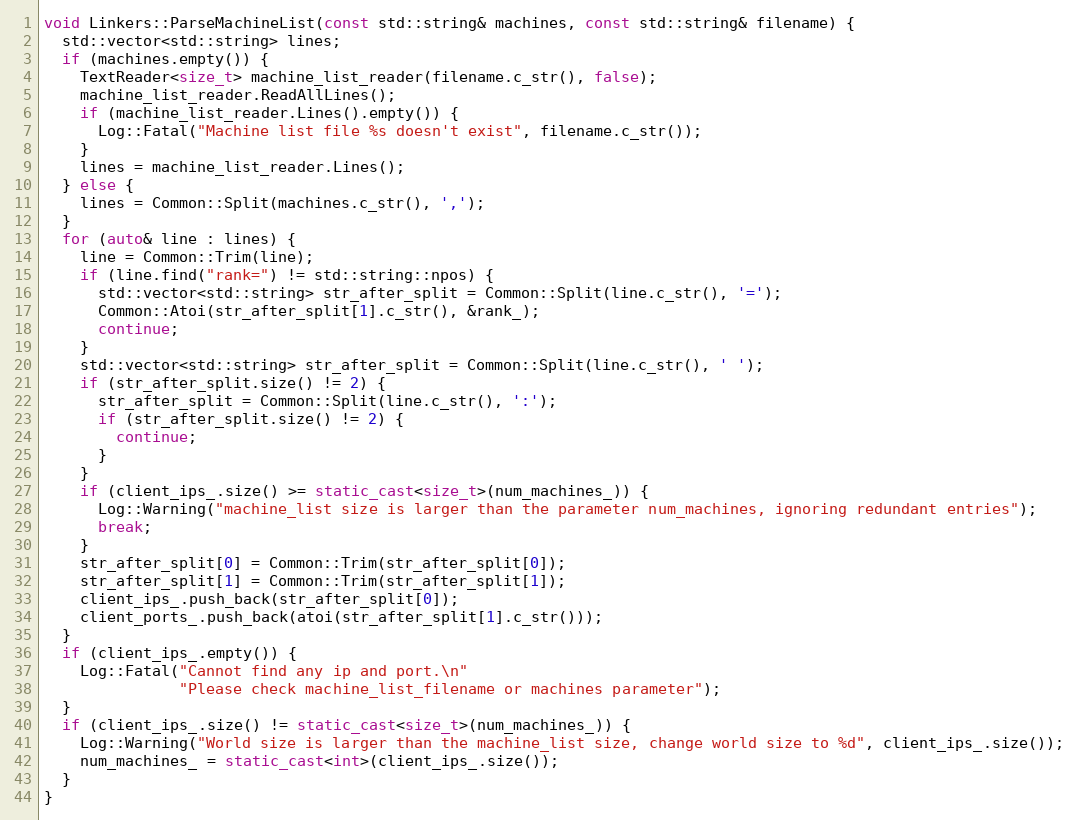
Language: C++
void Linkers::ParseMachineList(const std::string& machines, const std::string& filename) {
  std::vector<std::string> lines;
  if (machines.empty()) {
    TextReader<size_t> machine_list_reader(filename.c_str(), false);
    machine_list_reader.ReadAllLines();
    if (machine_list_reader.Lines().empty()) {
      Log::Fatal("Machine list file %s doesn't exist", filename.c_str());
    }
    lines = machine_list_reader.Lines();
  } else {
    lines = Common::Split(machines.c_str(), ',');
  }
  for (auto& line : lines) {
    line = Common::Trim(line);
    if (line.find("rank=") != std::string::npos) {
      std::vector<std::string> str_after_split = Common::Split(line.c_str(), '=');
      Common::Atoi(str_after_split[1].c_str(), &rank_);
      continue;
    }
    std::vector<std::string> str_after_split = Common::Split(line.c_str(), ' ');
    if (str_after_split.size() != 2) {
      str_after_split = Common::Split(line.c_str(), ':');
      if (str_after_split.size() != 2) {
        continue;
      }
    }
    if (client_ips_.size() >= static_cast<size_t>(num_machines_)) {
      Log::Warning("machine_list size is larger than the parameter num_machines, ignoring redundant entries");
      break;
    }
    str_after_split[0] = Common::Trim(str_after_split[0]);
    str_after_split[1] = Common::Trim(str_after_split[1]);
    client_ips_.push_back(str_after_split[0]);
    client_ports_.push_back(atoi(str_after_split[1].c_str()));
  }
  if (client_ips_.empty()) {
    Log::Fatal("Cannot find any ip and port.\n"
               "Please check machine_list_filename or machines parameter");
  }
  if (client_ips_.size() != static_cast<size_t>(num_machines_)) {
    Log::Warning("World size is larger than the machine_list size, change world size to %d", client_ips_.size());
    num_machines_ = static_cast<int>(client_ips_.size());
  }
}